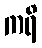
ကရိ